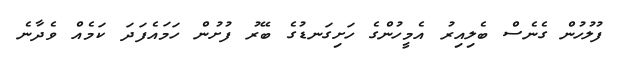
ފުލުހުން ގެނެސް ބެލިއިރު އެމީހުންގެ ހަށިގަނޑުގެ ބޭރު ފުށުން ހަމައެފަދަ ކަމެއް ވެދާނެ